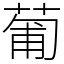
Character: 葡